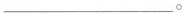
___。